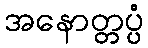
အနောတ္တပ္ပံ